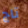
تاج